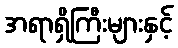
အရာရှိကြီးများနှင့်